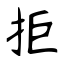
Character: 拒